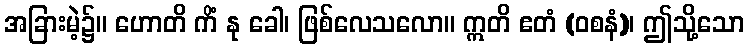
အခြားမဲ့၌။ ဟောတိ ကိံ နု ခေါ၊ ဖြစ်လေသလော။ ဣတိ ဧတံ (ဝစနံ)၊ ဤသို့သော